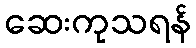
ဆေးကုသရန်